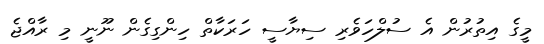
މީގެ އިތުރުން އެ ސުލްހަވެރި ސިޔާސީ ހަރަކާތް ހިންގިގެން ނޫނީ މި ރާއްޖެ